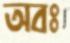
অবঃ